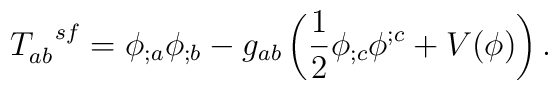
T_{ab}^{\ \ sf} =\phi_{;a}\phi_{;b}-g_{ab}\left(\frac{1}{2}\phi_{;c}\phi^{;c}+V(\phi)\right).